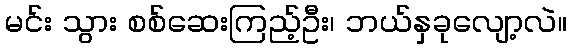
မင်း သွား စစ်ဆေးကြည့်ဦး၊ ဘယ်နှခုလျော့လဲ။